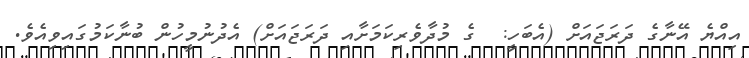
އިއްޔެ އޭނާގެ ދަރަޖައަށް (އެބަހީ:  ގެ މުދާވެރިކަމަށާއި ދަރަޖައަށް) އެދުނުމީހުން ބުނާކަމުގައިވިއެވެ.